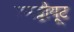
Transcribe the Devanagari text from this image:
इन्स्ट्टीयूट